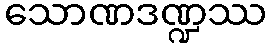
သောဏဒဏ္ဍဿ